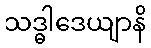
သဒ္ဓါဒေယျာနိ